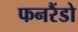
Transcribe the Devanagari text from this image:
फनरैंडो